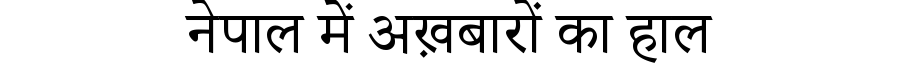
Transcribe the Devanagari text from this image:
नेपाल में अख़बारों का हाल